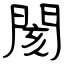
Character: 閡